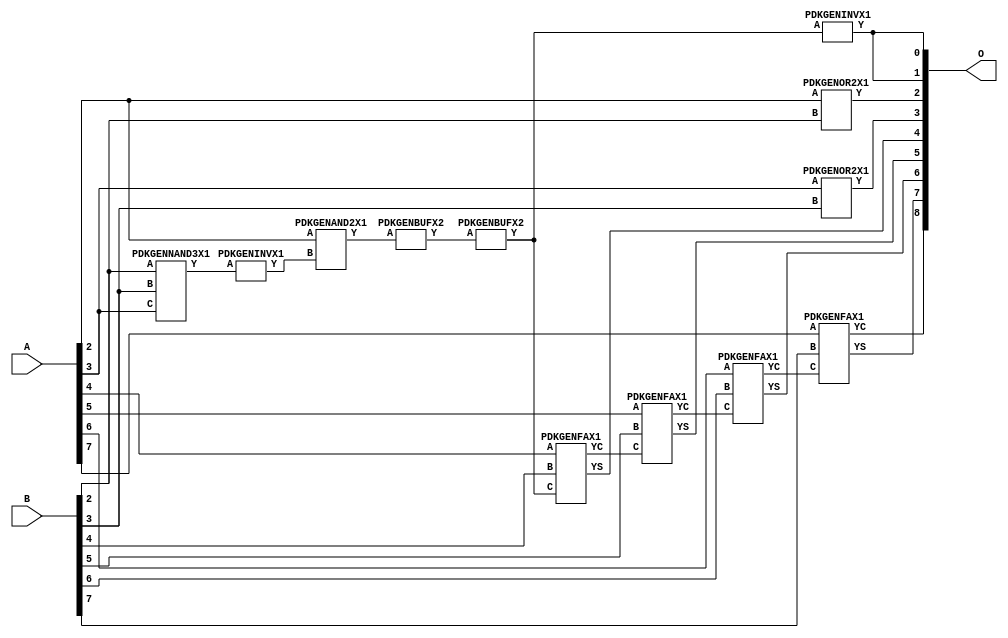
// Library = EvoApprox8b
// Circuit = add8_055
// Area   (180) = 692
// Delay  (180) = 1.290
// Power  (180) = 181.30
// Area   (45) = 53
// Delay  (45) = 0.500
// Power  (45) = 17.63
// Nodes = 12
// HD = 176512
// MAE = 3.04688
// MSE = 17.56250
// MRE = 1.60 %
// WCE = 11
// WCRE = 300 %
// EP = 84.8 %

module add8_055(A, B, O);
  input [7:0] A;
  input [7:0] B;
  output [8:0] O;
  wire [2031:0] N;

  assign N[0] = A[0];
  assign N[1] = A[0];
  assign N[2] = A[1];
  assign N[3] = A[1];
  assign N[4] = A[2];
  assign N[5] = A[2];
  assign N[6] = A[3];
  assign N[7] = A[3];
  assign N[8] = A[4];
  assign N[9] = A[4];
  assign N[10] = A[5];
  assign N[11] = A[5];
  assign N[12] = A[6];
  assign N[13] = A[6];
  assign N[14] = A[7];
  assign N[15] = A[7];
  assign N[16] = B[0];
  assign N[17] = B[0];
  assign N[18] = B[1];
  assign N[19] = B[1];
  assign N[20] = B[2];
  assign N[21] = B[2];
  assign N[22] = B[3];
  assign N[23] = B[3];
  assign N[24] = B[4];
  assign N[25] = B[4];
  assign N[26] = B[5];
  assign N[27] = B[5];
  assign N[28] = B[6];
  assign N[29] = B[6];
  assign N[30] = B[7];
  assign N[31] = B[7];

  PDKGENNAND3X1 n32(.A(N[20]), .B(N[22]), .C(N[6]), .Y(N[32]));
  assign N[33] = N[32];
  PDKGENINVX1 n38(.A(N[33]), .Y(N[38]));
  assign N[39] = N[38];
  PDKGENAND2X1 n52(.A(N[4]), .B(N[39]), .Y(N[52]));
  assign N[53] = N[52];
  PDKGENBUFX2 n54(.A(N[53]), .Y(N[54]));
  assign N[55] = N[54];
  PDKGENBUFX2 n78(.A(N[55]), .Y(N[78]));
  PDKGENINVX1 n126(.A(N[78]), .Y(N[126]));
  assign N[127] = N[126];
  PDKGENOR2X1 n132(.A(N[4]), .B(N[20]), .Y(N[132]));
  PDKGENOR2X1 n182(.A(N[6]), .B(N[22]), .Y(N[182]));
  PDKGENFAX1 n232(.A(N[8]), .B(N[24]), .C(N[78]), .YS(N[232]), .YC(N[233]));
  PDKGENFAX1 n282(.A(N[10]), .B(N[26]), .C(N[233]), .YS(N[282]), .YC(N[283]));
  PDKGENFAX1 n332(.A(N[12]), .B(N[28]), .C(N[283]), .YS(N[332]), .YC(N[333]));
  PDKGENFAX1 n382(.A(N[14]), .B(N[30]), .C(N[333]), .YS(N[382]), .YC(N[383]));

  assign O[0] = N[127];
  assign O[1] = N[126];
  assign O[2] = N[132];
  assign O[3] = N[182];
  assign O[4] = N[232];
  assign O[5] = N[282];
  assign O[6] = N[332];
  assign O[7] = N[382];
  assign O[8] = N[383];

endmodule
/* mod */
module PDKGENFAX1( input A, input B, input C, output YS, output YC );
    assign YS = (A ^ B) ^ C;
    assign YC = (A & B) | (B & C) | (A & C);
endmodule
/* mod */
module PDKGENOR2X1(input A, input B, output Y );
     assign Y = A | B;
endmodule
/* mod */
module PDKGENAND2X1(input A, input B, output Y );
     assign Y = A & B;
endmodule
/* mod */
module PDKGENINVX1(input A, output Y );
     assign Y = ~A;
endmodule
/* mod */
module PDKGENNAND3X1(input A, input B, input C, output Y );
     assign Y = ~((A & B) & C);
endmodule
/* mod */
module PDKGENBUFX2(input A, output Y );
     assign Y = A;
endmodule